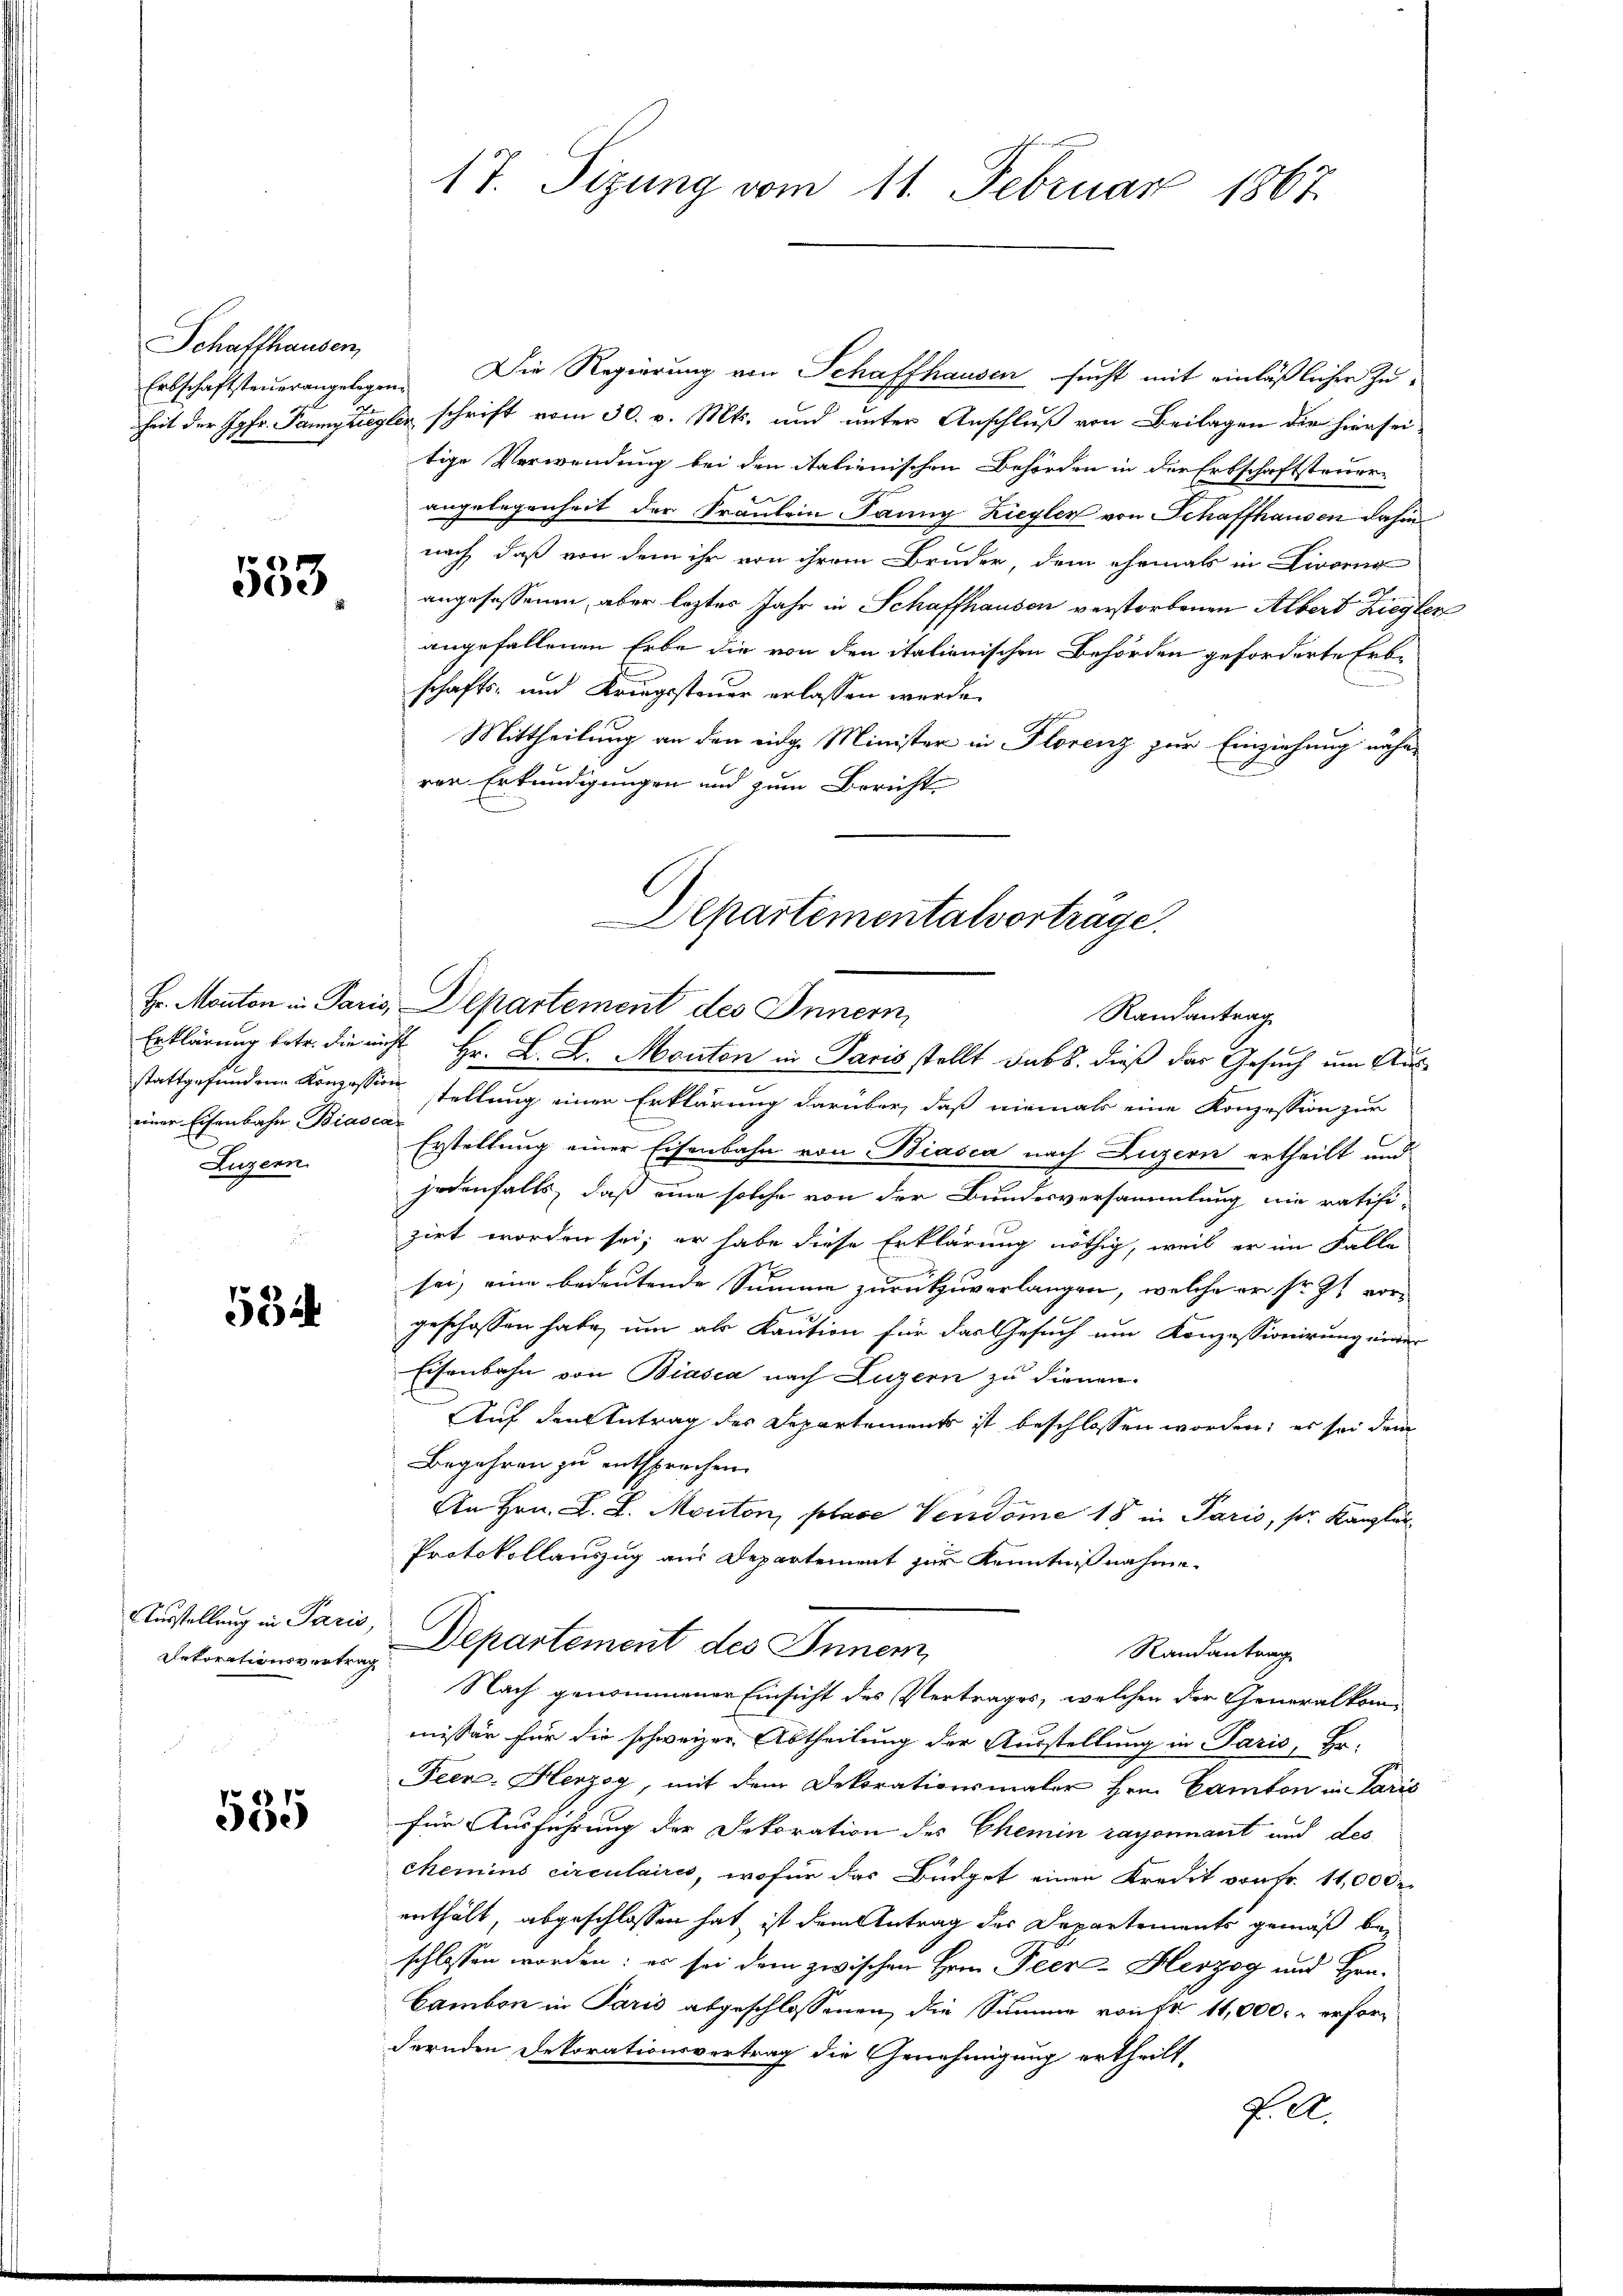
Schaffhausen,

553

einer Eisenbahn Biascar
Luzern.

534

Ausstellung in Paris,
Dekorationsvertrag

535

17. Sizung vom 11. Februar 1867.

Erbschaftsteuerangelegen. Die Regierung von Schaffhausen sucht mit einläßlichen Zuheit der Jgfr. Pannyziegler schrift vom 30. v. Mts. und unter Anschluß von Beilagen die hiersei-
tige Verwendung bei den italienischen Behörden in der Erbschaftsteuer-
angelegenheit der Fräulein Panng Ziegler von Schaffhausen dahin
nach, daß von dem ihr von ihrem Bruder, dem ehemals in Livorna
angesessenen, aber leztes Jahr in Schaffhausen verstorbenen Albert Ziegler
angefallenen Erbe die von den italienischen Behörden geforderte Erbschafts- und Kriegssteuer erlassen werde.
Mittheilung an den eidg. Minister in Florenz zur Einziehung nähe
rer Erkundigungen und zum Bericht
Hr. Monton in Paris, Departement des Innern,
stattgefundene Konzession stellung einer Erklärung darüber, daß niemals eine Konzession zur
Erstellung einer Eisenbahn von Biasca nach Luzern ertheilt und
jedenfalls, daß eine solche von der Bundesversammlung nie ratifi-
zirt worden sei; er habe diese Erklärung nöthig, weil er im Falle
sei, eine bedeutende Summe zurückzuverlangen, welche er sr. Zt. vor-
geschossen habe, um als Kaution für das Gesuch um Konzessionirung einer
Eisenbahn von Biasca nach Luzern zu dienen.
Auf den Antrag des Departements ist beschlossen worden; es sei dem
Begehren zu entsprechen.
An Hrn. L. L. Monton, place Verdome 18 in Paris, s. Kanzler
Protokollauszug aus Departement zur Kenntnißnahme.
Departement des Inner,
Randantrag
Nach genommener Einsicht des Vertrages, welchen der Generalkommissär für die schweizer Abtheilung der Ausstellung in Paris, Hr.
Feer: Herzog, mit dem Dekorationsmaler Hrn. Canton in Paris
für Ausführung der Dekoration des Chemin rayonnant und des
chemins circulaires, wofür das Büdget einen Kredit von Fr. 11,000 r.
enthält, abgeschlossen hat, ist dem Antrag des Departements gemäß beschlossen worden: es sei dem zwischen Hrn. Peer- Herzog und Hrn.
Camben in Paris abgeschlossenen, die Summe von Fr. 11,000 erfordernden Dekorationsvertrag die Genehmigung ertheilt.
f. E.

Departementalvortrage.
Randantrag
Erklärung betr. die nicht Hr. L. Z. Monton in Paris stellt dass dieß das Gesuch um Aus¬

u